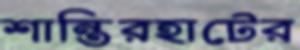
শান্তিরহাটের